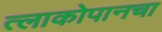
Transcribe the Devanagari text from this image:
त्लाकोपानचा